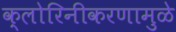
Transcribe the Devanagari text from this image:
क्लोरिनीकरणामुळे